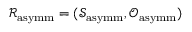
\mathcal { R } _ { \mathrm { a s y m m } } = ( \mathcal { S } _ { \mathrm { a s y m m } } , \mathcal { O } _ { \mathrm { a s y m m } } )